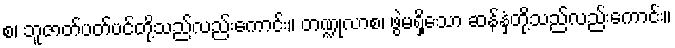
စ၊ ဘူဇာတ်ပတ်ပင်တို့သည်လည်းကောင်း။ တဏ္ဍုလာစ၊ ဖွဲမရှိသော ဆန်နှံတို့သည်လည်းကောင်း။